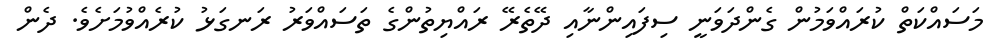
މަސައްކަތް ކުރައްވަމުން ގެންދަވަނީ ސިފައިންނާއި ދޭތެރޭ ރައްޔިތުންގެ ތަސައްވަރު ރަނގަޅު ކުރެއްވުމަށެވެ. ދެން